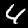
Label: 4